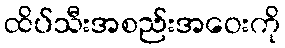
ထိပ်သီးအစည်းအဝေးကို